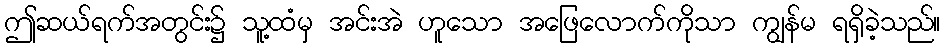
ဤဆယ်ရက်အတွင်း၌ သူ့ထံမှ အင်းအဲ ဟူသော အဖြေလောက်ကိုသာ ကျွန်မ ရရှိခဲ့သည်။